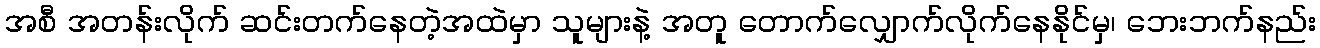
အစီ အတန်းလိုက် ဆင်းတက်နေတဲ့အထဲမှာ သူများနဲ့ အတူ တောက်လျှောက်လိုက်နေနိုင်မှ၊ ဘေးဘက်နည်း